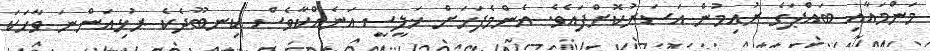
މަންމައާއި ބައްޕަގެ ރުއިމުން އަސަރުކޮށްފައެވެ. އެންމެފަހަށް ޚަލީސީ އަނެއްކާވެސް ކިނބޫދެކެ ރުޅިއަންނަ ވާހަކަ